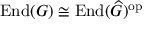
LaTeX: { \mathrm { E n d } } ( G ) \cong { \mathrm { E n d } } ( { \widehat { G } } ) ^ { \mathrm { o p } }